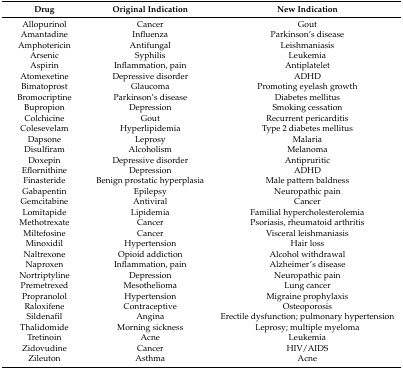
<table><thead><tr><td><b>Drug</b></td><td><b>Original Indication</b></td><td><b>New Indication</b></td></tr></thead><tbody><tr><td>Allopurinol</td><td>Cancer</td><td>Gout</td></tr><tr><td>Amantadine</td><td>Influenza</td><td>Parkinson’s disease</td></tr><tr><td>Amphotericin</td><td>Antifungal</td><td>Leishmaniasis</td></tr><tr><td>Arsenic</td><td>Syphilis</td><td>Leukemia</td></tr><tr><td>Aspirin</td><td>Inflammation, pain</td><td>Antiplatelet</td></tr><tr><td>Atomexetine</td><td>Depressive disorder</td><td>ADHD</td></tr><tr><td>Bimatoprost</td><td>Glaucoma</td><td>Promoting eyelash growth</td></tr><tr><td>Bromocriptine </td><td>Parkinson’s disease</td><td>Diabetes mellitus</td></tr><tr><td>Bupropion</td><td>Depression</td><td>Smoking cessation</td></tr><tr><td>Colchicine</td><td>Gout</td><td>Recurrent pericarditis</td></tr><tr><td>Colesevelam</td><td>Hyperlipidemia</td><td>Type 2 diabetes mellitus</td></tr><tr><td>Dapsone</td><td>Leprosy</td><td>Malaria</td></tr><tr><td>Disulfiram</td><td>Alcoholism</td><td>Melanoma</td></tr><tr><td>Doxepin</td><td>Depressive disorder</td><td>Antipruritic</td></tr><tr><td>Eflornithine</td><td>Depression</td><td>ADHD</td></tr><tr><td>Finasteride</td><td>Benign prostatic hyperplasia</td><td>Male pattern baldness</td></tr><tr><td>Gabapentin</td><td>Epilepsy</td><td>Neuropathic pain</td></tr><tr><td>Gemcitabine</td><td>Antiviral</td><td>Cancer</td></tr><tr><td>Lomitapide</td><td>Lipidemia</td><td>Familial hypercholesterolemia</td></tr><tr><td>Methotrexate</td><td>Cancer</td><td>Psoriasis, rheumatoid arthritis</td></tr><tr><td>Miltefosine</td><td>Cancer</td><td>Visceral leishmaniasis</td></tr><tr><td>Minoxidil</td><td>Hypertension</td><td>Hair loss</td></tr><tr><td>Naltrexone</td><td>Opioid addiction</td><td>Alcohol withdrawal</td></tr><tr><td>Naproxen</td><td>Inflammation, pain</td><td>Alzheimer’s disease</td></tr><tr><td>Nortriptyline</td><td>Depression</td><td>Neuropathic pain</td></tr><tr><td>Premetrexed</td><td>Mesothelioma</td><td>Lung cancer</td></tr><tr><td>Propranolol</td><td>Hypertension</td><td>Migraine prophylaxis</td></tr><tr><td>Raloxifene</td><td>Contraceptive</td><td>Osteoporosis</td></tr><tr><td>Sildenafil</td><td>Angina</td><td>Erectile dysfunction; pulmonary hypertension</td></tr><tr><td>Thalidomide</td><td>Morning sickness</td><td>Leprosy; multiple myeloma</td></tr><tr><td>Tretinoin</td><td>Acne</td><td>Leukemia</td></tr><tr><td>Zidovudine</td><td>Cancer</td><td>HIV/AIDS</td></tr><tr><td>Zileuton</td><td>Asthma</td><td>Acne</td></tr></tbody></table>